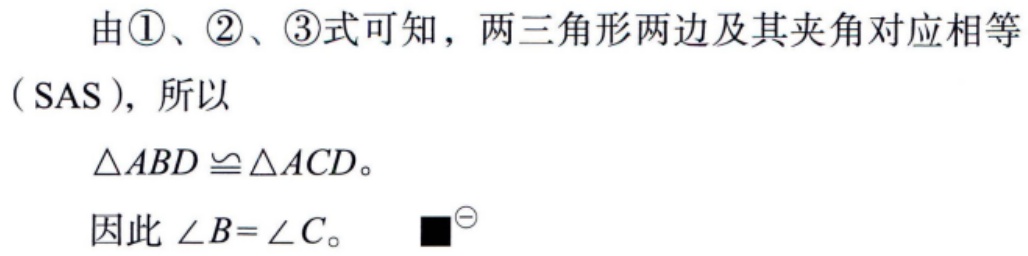
由\textcircled{1}、\textcircled{2}、\textcircled{3}式可知，两三角形两边及其夹角对应相等
（SAS），所以
\(\triangle ABD\cong\triangle ACD\)。
因此 \(\angle B = \angle C\)。 ■$^{\ominus}$